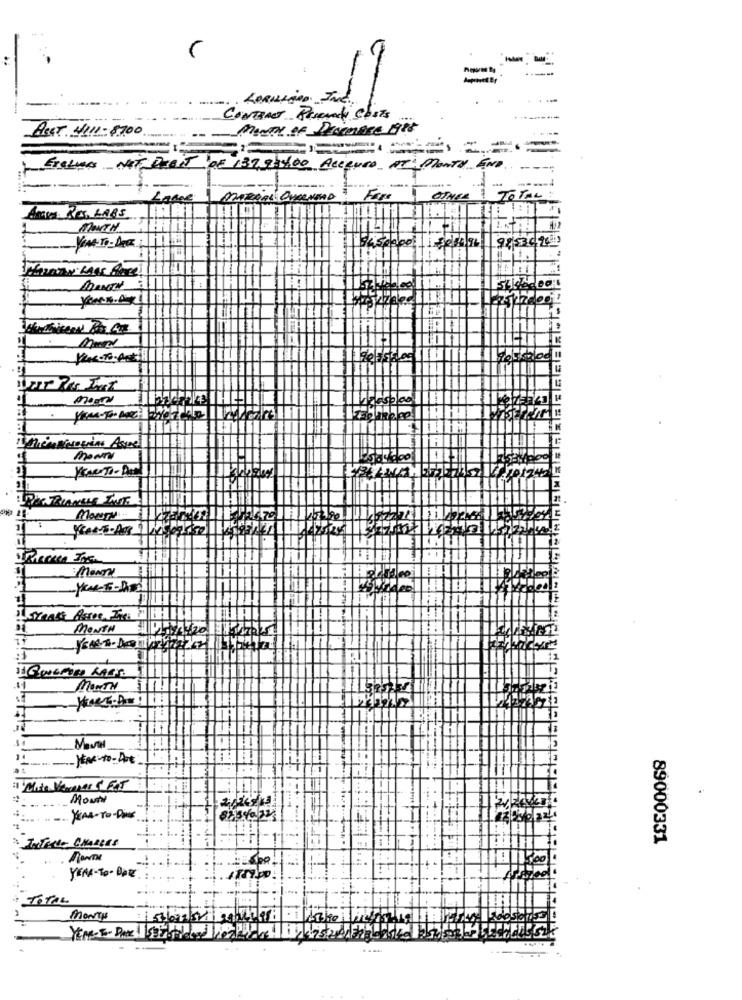
-
CONTRACT PESENTI COSTS
Much Of DramaRE 1988
Asst WII1-8700
Exclus NOT DEBIT Of 139,9$4.00 AcequeD NT MONTH END ..
MARRAL OVENAND
FOROTHER TOTAL
Any PC LABS
MNICH
. .
MONTH
THI
146/00
F-
Mown
DI TRIANGLE IN.
MONTH-
3141
Til
MONTH
11
$4
Maul
Monte
YEAR-TO-Dias
89000331
YEAR-TO- BOE
TOTAL
-
MONTH